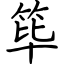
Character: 筚